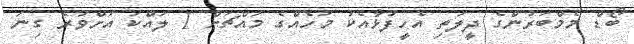
ބޯޑް މެމްބަރުންގެ ދީލަތި އެހީފުޅާއެކު މަހެއްގެ މައްޗަށް 1 ލައްކަ އަށްވުރެ ގިނަ